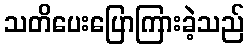
သတိပေးပြောကြားခဲ့သည်